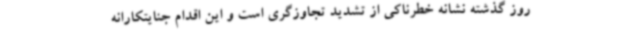
روز گذشته نشانه خطرناکی از تشدید تجاوزگری است و این اقدام جنایتکارانه